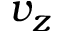
v _ { z }